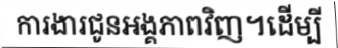
ការងារជូនអង្គភាពវិញ។ដើម្បី